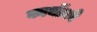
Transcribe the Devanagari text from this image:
कार्योंको